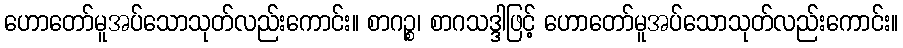
ဟောတော်မူအပ်သောသုတ်လည်းကောင်း။ စာဂဉ္စ၊ စာဂသဒ္ဒါဖြင့် ဟောတော်မူအပ်သောသုတ်လည်းကောင်း။